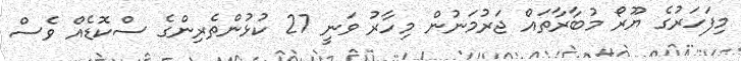
މިފަހަރުގެ ޔޫރޯ މުބާރާތައް ޖަރުމަނުން މިހާރު ވަނީ 27 ކުޅުންތެރިންގެ ސްކޮޑެއް ވެސް